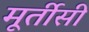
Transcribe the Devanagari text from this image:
मूर्तीसी